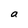
Character: a